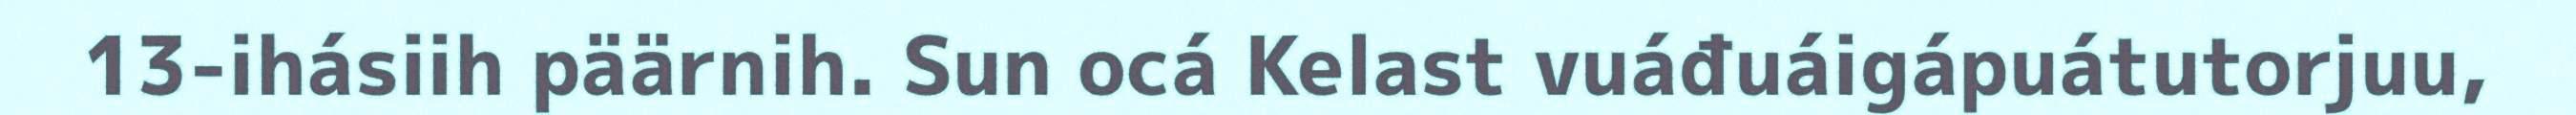
13-ihásiih päärnih. Sun ocá Kelast vuáđuáigápuátutorjuu,